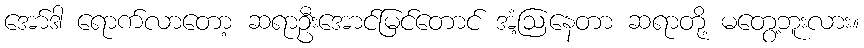
အော်ဒါ ရောက်လာတော့ ဆရာဦးအောင်မြင်တောင် အံ့ဩနေတာ ဆရာတို့ မတွေ့ဘူးလား။